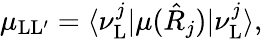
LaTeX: \mu_{\mathrm{L}\mathrm{L}^{\prime}}=\langle\nu_{\mathrm{L}}^{j}|\mu(\hat{R}_{j})|\nu_{\mathrm{L}}^{j}\rangle,